Annual report of the Punjab Veterinary College and of the Civil Veterinary Department, Punjab - 1894-1908
Year: 1894
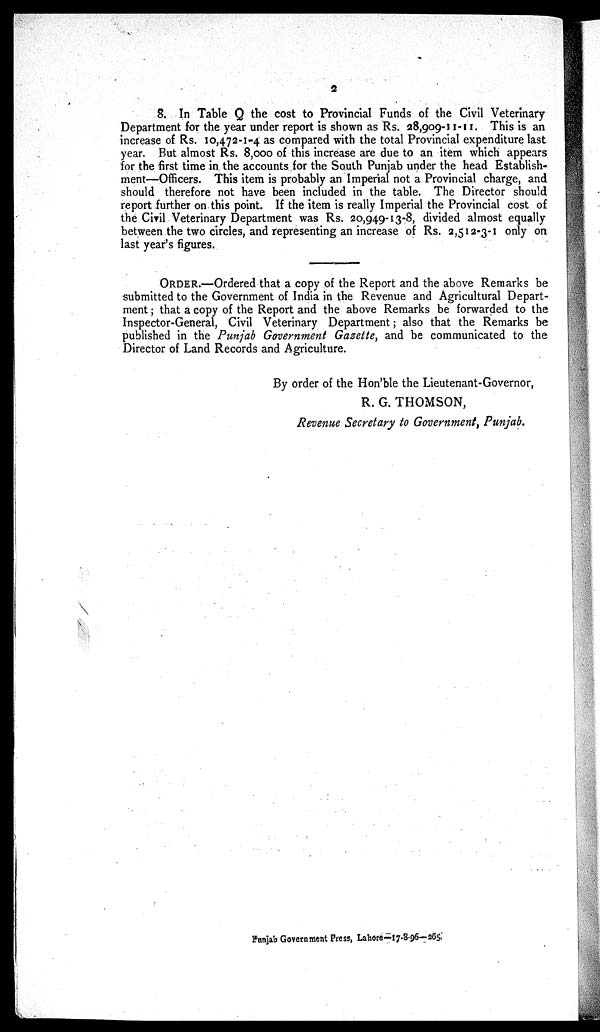
2
8. In Table Q the cost to Provincial Funds of the Civil Veterinary
Department for the year under report is shown as Rs. 28,909-11-11. This is an
increase of Rs. 10,472-1-4 as compared with the total Provincial expenditure last
year. But almost Rs. 8,000 of this increase are due to an item which appears
for the first time in the accounts for the South Punjab under the head Establish-
ment—Officers. This item is probably an Imperial not a Provincial charge, and
should therefore not have been included in the table. The Director should
report further on this point. If the item is really Imperial the Provincial cost of
the Civil Veterinary Department was Rs. 20,949-13-8, divided almost equally
between the two circles, and representing an increase of Rs. 2,512-3-1 only on
last year's figures.
ORDER.—Ordered that a copy of the Report and the above Remarks be
submitted to the Government of India in the Revenue and Agricultural Depart-
ment; that a copy of the Report and the above Remarks be forwarded to the
Inspector-General, Civil Veterinary Department; also that the Remarks be
published in the Punjab Government Gazette, and be communicated to the
Director of Land Records and Agriculture.
By order of the Hon'ble the Lieutenant-Governor,
R. G. THOMSON,
Revenue Secretary to Government, Punjab.